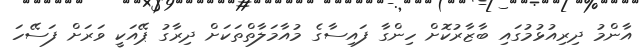
އާންމު ދިރިއުޅުމުގައި ބާޒާރުކޮށް ހިންގާ ފައިސާގެ މުއާމަލާތްތަކަށް ދިރާގު ޕޭއަކީ ވަރަށް ފަސޭހަ